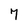
Character: 7